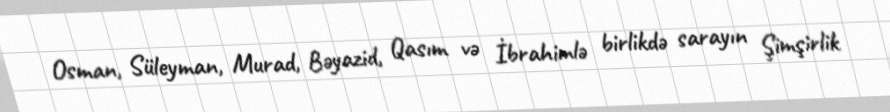
Osman, Süleyman, Murad, Bəyazid, Qasım və İbrahimlə birlikdə sarayın Şimşirlik